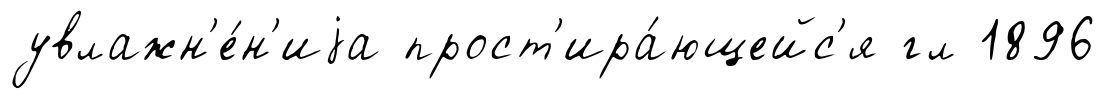
увлажн'е́н'иjа прост'ира́ющейс'я гл 1896